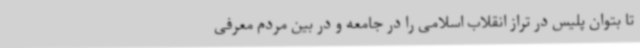
تا بتوان پلیس در تراز انقلاب اسلامی را در جامعه و در بین مردم معرفی